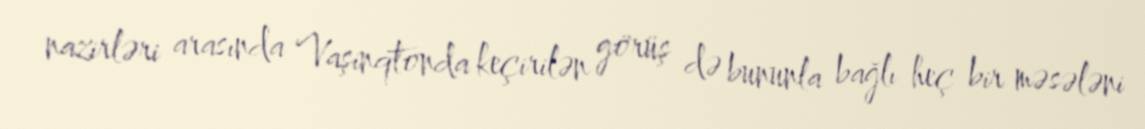
nazirləri arasında Vaşinqtonda keçirilən görüş də bununla bağlı heç bir məsələni